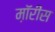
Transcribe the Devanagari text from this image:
म़ॉरीस